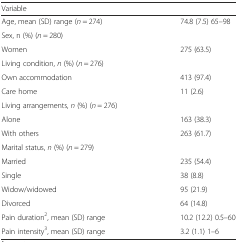
<table><thead><tr><td><b>Variable</b></td><td></td></tr></thead><tbody><tr><td>Age, mean (SD) range (<i>n</i> = 274)</td><td>74.8 (7.5) 65–98</td></tr><tr><td>Sex, n (%) (<i>n</i> = 280)</td><td></td></tr><tr><td>Women</td><td>275 (63.5)</td></tr><tr><td>Living condition, <i>n</i> (%) (<i>n</i> = 276)</td><td></td></tr><tr><td>Own accommodation</td><td>413 (97.4)</td></tr><tr><td>Care home</td><td>11 (2.6)</td></tr><tr><td>Living arrangements, <i>n</i> (%) (<i>n</i> = 276)</td><td></td></tr><tr><td>Alone</td><td>163 (38.3)</td></tr><tr><td>With others</td><td>263 (61.7)</td></tr><tr><td>Marital status, <i>n</i> (%) (<i>n</i> = 279)</td><td></td></tr><tr><td>Married</td><td>235 (54.4)</td></tr><tr><td>Single</td><td>38 (8.8)</td></tr><tr><td>Widow/widowed</td><td>95 (21.9)</td></tr><tr><td>Divorced</td><td>64 (14.8)</td></tr><tr><td>Pain duration<sup>2</sup>, mean (SD) range </td><td>10.2 (12.2) 0.5–60</td></tr><tr><td>Pain intensity<sup>3</sup>, mean (SD) range</td><td>3.2 (1.1) 1–6</td></tr></tbody></table>